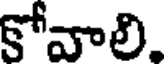
కోవాలి.